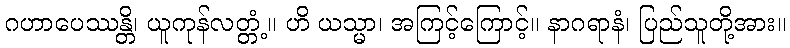
ဂဟာပေဿန္တိ၊ ယူကုန်လတ္တံ့။ ဟိ ယသ္မာ၊ အကြင့်ကြောင့်။ နာဂရာနံ၊ ပြည်သူတို့အား။